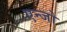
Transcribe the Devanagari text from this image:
एन्जो